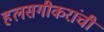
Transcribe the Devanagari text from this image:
हलसगीकरांची